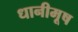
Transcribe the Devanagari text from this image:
धानीमूष